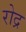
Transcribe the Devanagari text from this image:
रोद्र